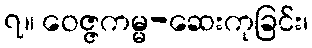
၇။ ဝေဇ္ဇကမ္မ-ဆေးကုခြင်း၊